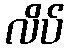
လိပ်